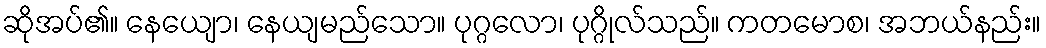
ဆိုအပ်၏။ နေယျော၊ နေယျမည်သော။ ပုဂ္ဂလော၊ ပုဂ္ဂိုလ်သည်။ ကတမောစ၊ အဘယ်နည်း။